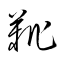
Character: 靴